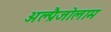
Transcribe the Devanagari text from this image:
अल्प्रैजोलाम